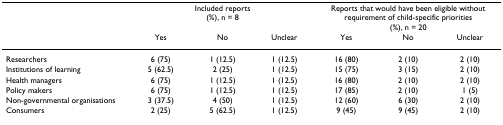
|  | <COLSPAN=3> Included reports (%), n = 8 | <COLSPAN=3> Reports that would have been eligible without requirement of child-specific priorities (%), n = 20 |
 |  | Yes | No | Unclear | Yes | No | Unclear |
 | --- | --- | --- | --- | --- | --- | --- |
 | Researchers | 6 (75) | 1 (12.5) | 1 (12.5) | 16 (80) | 2 (10) | 2 (10) |
 | Institutions of learning | 5 (62.5) | 2 (25) | 1 (12.5) | 15 (75) | 3 (15) | 2 (10) |
 | Health managers | 6 (75) | 1 (12.5) | 1 (12.5) | 16 (80) | 2 (10) | 2 (10) |
 | Policy makers | 6 (75) | 1 (12.5) | 1 (12.5) | 17 (85) | 2 (10) | 1 (5) |
 | Non-governmental organisations | 3 (37.5) | 4 (50) | 1 (12.5) | 12 (60) | 6 (30) | 2 (10) |
 | Consumers | 2 (25) | 5 (62.5) | 1 (12.5) | 9 (45) | 9 (45) | 2 (10) |